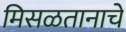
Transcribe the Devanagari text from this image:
मिसळतानाचे